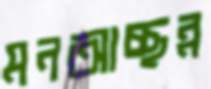
মনআচ্ছন্ন